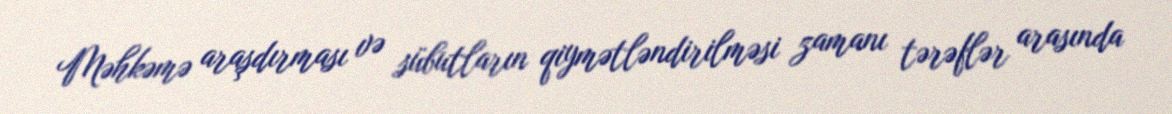
Məhkəmə araşdırması və sübutların qiymətləndirilməsi zamanı tərəflər arasında